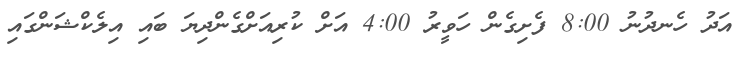
އަދު ހެނދުނު 8:00 ފެށިގެން ހަވީރު 4:00 އަށް ކުރިއަށްގެންދިޔަ ބައި އިލެކްޝަންގައި